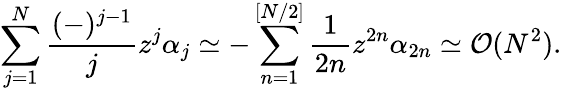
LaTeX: \sum_{j=1}^{N}\frac{(-)^{j-1}}{j}z^{j}\alpha_{j}\simeq-\sum_{n=1}^{[N/2]}\frac{1}{2n}z^{2n}\alpha_{2n}\simeq{\cal O}(N^{2}).